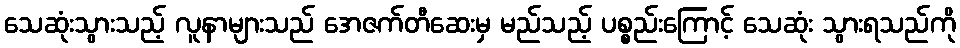
သေဆုံးသွားသည့် လူနာများသည် အေဇက်တီဆေးမှ မည်သည့် ပစ္စည်းကြောင့် သေဆုံး သွားရသည်ကို